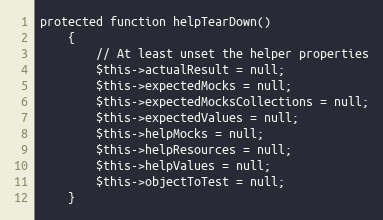
Language: PHP
protected function helpTearDown()
    {
        // At least unset the helper properties
        $this->actualResult = null;
        $this->expectedMocks = null;
        $this->expectedMocksCollections = null;
        $this->expectedValues = null;
        $this->helpMocks = null;
        $this->helpResources = null;
        $this->helpValues = null;
        $this->objectToTest = null;
    }